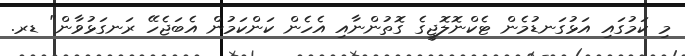
މި ކަމުގައި އަޅުގަނޑުމެން ޓެކްނޮލޮޖީގެ ގޮތުންނާއި އެހެން ކަންކަމުން އެބަޖެހޭ ރަނގަޅުވާން" ޑރ.